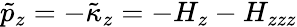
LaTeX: \tilde{p}_{z}=-\tilde{\kappa}_{z}=-H_{z}-H_{zzz}